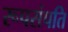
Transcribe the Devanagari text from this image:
रूपसंपति